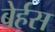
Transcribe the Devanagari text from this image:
बेर्हस